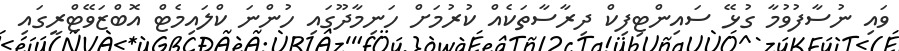
ވައި ނުސާފުވުމާ ގުޅޭ ސައިންޓިފިކް ދިރާސާތަކެއް ކުރުމަށް ހަނިމާދޫގައި ހުންނަ ކްލައިމެޓް އޮބްޒަވޭޓްރީގައި